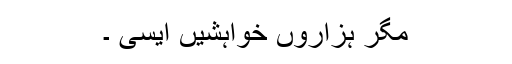
مگر ہزاروں خواہشیں ایسی ۔